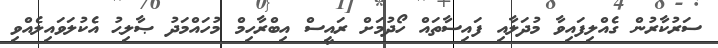
ސަރުކާރުން ގެއްލިފައިވާ މުދަލާއި ފައިސާތައް ހޯދުމަށް ރައީސް އިބްރާހިމް މުހައްމަދު ޞާލިޙު އެކުލަވައިލެއްވި